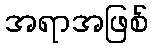
အရာအဖြစ်